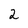
Character: 2